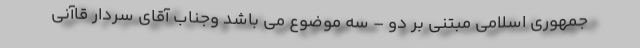
جمهوری اسلامی مبتنی بر دو – سه موضوع می باشد وجناب آقای سردار قاآنی